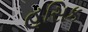
હૂસિક